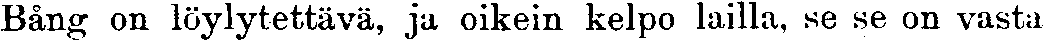
Bång on löylytettävä, ja oikein kelpo lailla, se se on vasta